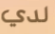
لدي